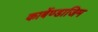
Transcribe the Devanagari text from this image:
कार्बेण्डाजिम